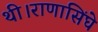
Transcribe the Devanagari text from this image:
थी।राणासिंघे